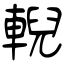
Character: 輗